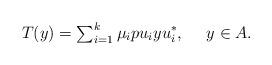
LaTeX: \begin{align*}T(y)={\textstyle\sum_{i=1}^k}\,\mu_ipu_iyu_i^*,\ \ \ \ y\in A.\end{align*}